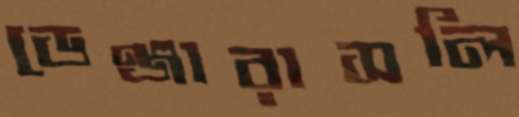
ডেঞ্জারাসলি